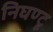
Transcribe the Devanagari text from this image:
निघण्टू